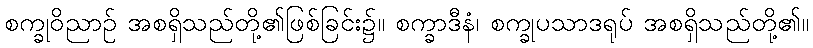
စက္ခုဝိညာဉ် အစရှိသည်တို့၏ဖြစ်ခြင်း၌။ စက္ခာဒီနံ၊ စက္ခုပသာဒရုပ် အစရှိသည်တို့၏။